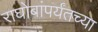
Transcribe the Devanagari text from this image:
राघोबांपर्यंतच्या